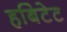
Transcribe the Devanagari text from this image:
हबिटेट